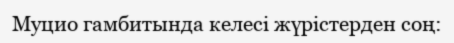
Муцио гамбитында келесі жүрістерден соң: